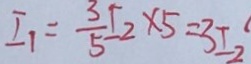
I _ { 1 } = \frac { 3 } { 5 } I _ { 2 } \times 5 = 3 I _ { 2 }